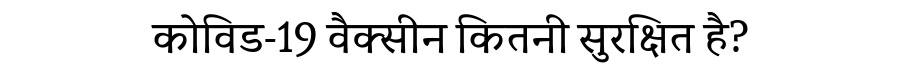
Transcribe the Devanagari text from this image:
कोविड-19 वैक्सीन कितनी सुरक्षित है?